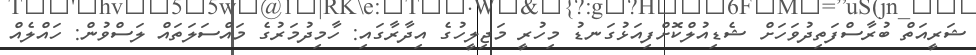
ޝަރީއަތް ބުރާސްފަތިދުވަހަށް ޝެޑިއުލްކޮށްފިއަޅުގަނޑު މިހުރީ މަޖިލީހުގެ އިދާރާގައި: ހާމިދުމަރުގެ މައްސަލަތައް ލަސްވުން: ހައްލެއް